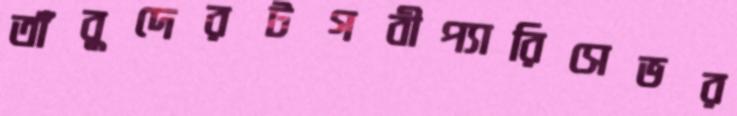
তাঁবুদেরটগবীপ্যারিসেভর